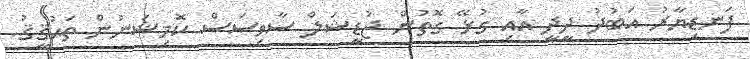
ފަނޑިޔާރު އަބުދު ދީދީ އާއި ގުޅޭ ގޮތުން ޖުޑީޝަލް ސާވިސަސް ކޮމިޝަނުން ތަޙުޤީޤު